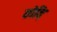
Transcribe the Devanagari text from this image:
छोड़ि